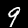
Digit: 9